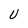
Character: U